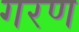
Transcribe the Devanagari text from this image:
गरण